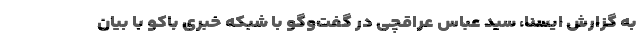
به گزارش ایسنا، سید عباس عراقچی در گفت‌وگو با شبکه خبری باکو با بیان